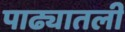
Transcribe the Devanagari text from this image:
पाढ्यातली